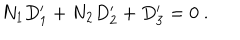
N _ { 1 } D _ { 1 } ^ { \prime } + N _ { 2 } D _ { 2 } ^ { \prime } + D _ { 3 } ^ { \prime } = 0 \ .